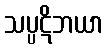
သပ္ပဋိဘယာ